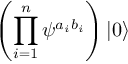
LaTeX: \left( \prod _ { i = 1 } ^ { n } \psi ^ { a _ { i } b _ { i } } \right) | 0 \rangle